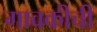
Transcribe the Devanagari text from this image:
गावकीची